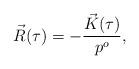
LaTeX: \begin{align*}\vec{R}(\tau)=-\frac{\vec{K}(\tau)}{p^o}, \end{align*}